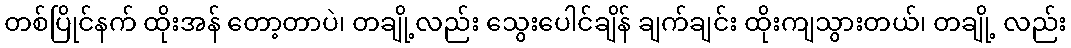
တစ်ပြိုင်နက် ထိုးအန် တော့တာပဲ၊ တချို့လည်း သွေးပေါင်ချိန် ချက်ချင်း ထိုးကျသွားတယ်၊ တချို့ လည်း